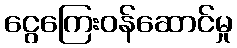
ငွေကြေးဝန်ဆောင်မှု